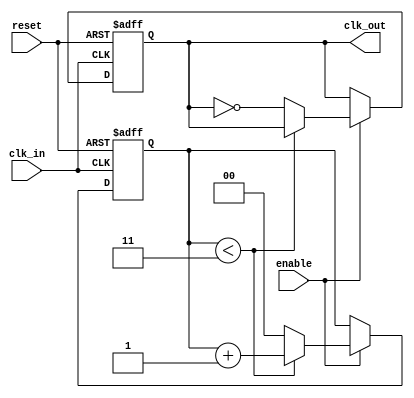
module parameterized_clock_divider #(
    parameter N = 4  // Division factor, must be greater than 1
)(
    input wire clk_in,      // Input clock signal
    input wire reset,       // Reset signal
    input wire enable,      // Output enable signal
    output reg clk_out      // Output clock signal
);

    // Counter to track the number of input clock cycles
    reg [$clog2(N)-1:0] counter; // Counter width based on N

    // Synchronous process
    always @(posedge clk_in or posedge reset) begin
        if (reset) begin
            counter <= 0;       // Reset counter
            clk_out <= 0;       // Reset output clock
        end else begin
            if (enable) begin
                // Increment counter
                if (counter < N-1) begin
                    counter <= counter + 1;
                end else begin
                    counter <= 0;   // Reset counter after reaching N-1
                    clk_out <= ~clk_out; // Toggle output clock
                end
            end
        end
    end

endmodule